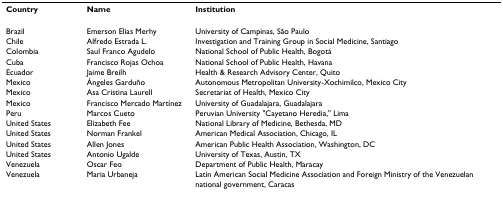
<table><thead><tr><td><b>Country</b></td><td><b>Name</b></td><td><b>Institution</b></td></tr></thead><tbody><tr><td>Brazil</td><td>Emerson Elias Merhy</td><td>University of Campinas, São Paulo</td></tr><tr><td>Chile</td><td>Alfredo Estrada L.</td><td>Investigation and Training Group in Social Medicine, Santiago</td></tr><tr><td>Colombia</td><td>Saul Franco Agudelo</td><td>National School of Public Health, Bogotá</td></tr><tr><td>Cuba</td><td>Francisco Rojas Ochoa</td><td>National School of Public Health, Havana</td></tr><tr><td>Ecuador</td><td>Jaime Breilh</td><td>Health &amp; Research Advisory Center, Quito</td></tr><tr><td>Mexico</td><td>Ángeles Garduño</td><td>Autonomous Metropolitan University-Xochimilco, Mexico City</td></tr><tr><td>Mexico</td><td>Asa Cristina Laurell</td><td>Secretariat of Health, Mexico City</td></tr><tr><td>Mexico</td><td>Francisco Mercado Martínez</td><td>University of Guadalajara, Guadalajara</td></tr><tr><td>Peru</td><td>Marcos Cueto</td><td>Peruvian University &quot;Cayetano Heredia,&quot; Lima</td></tr><tr><td>United States</td><td>Elizabeth Fee</td><td>National Library of Medicine, Bethesda, MD</td></tr><tr><td>United States</td><td>Norman Frankel</td><td>American Medical Association, Chicago, IL</td></tr><tr><td>United States</td><td>Allen Jones</td><td>American Public Health Association, Washington, DC</td></tr><tr><td>United States</td><td>Antonio Ugalde</td><td>University of Texas, Austin, TX</td></tr><tr><td>Venezuela</td><td>Oscar Feo</td><td>Department of Public Health, Maracay</td></tr><tr><td>Venezuela</td><td>Maria Urbaneja</td><td>Latin American Social Medicine Association and Foreign Ministry of the Venezuelan national government, Caracas</td></tr></tbody></table>